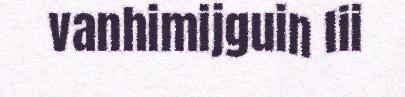
vanhimijguin lii